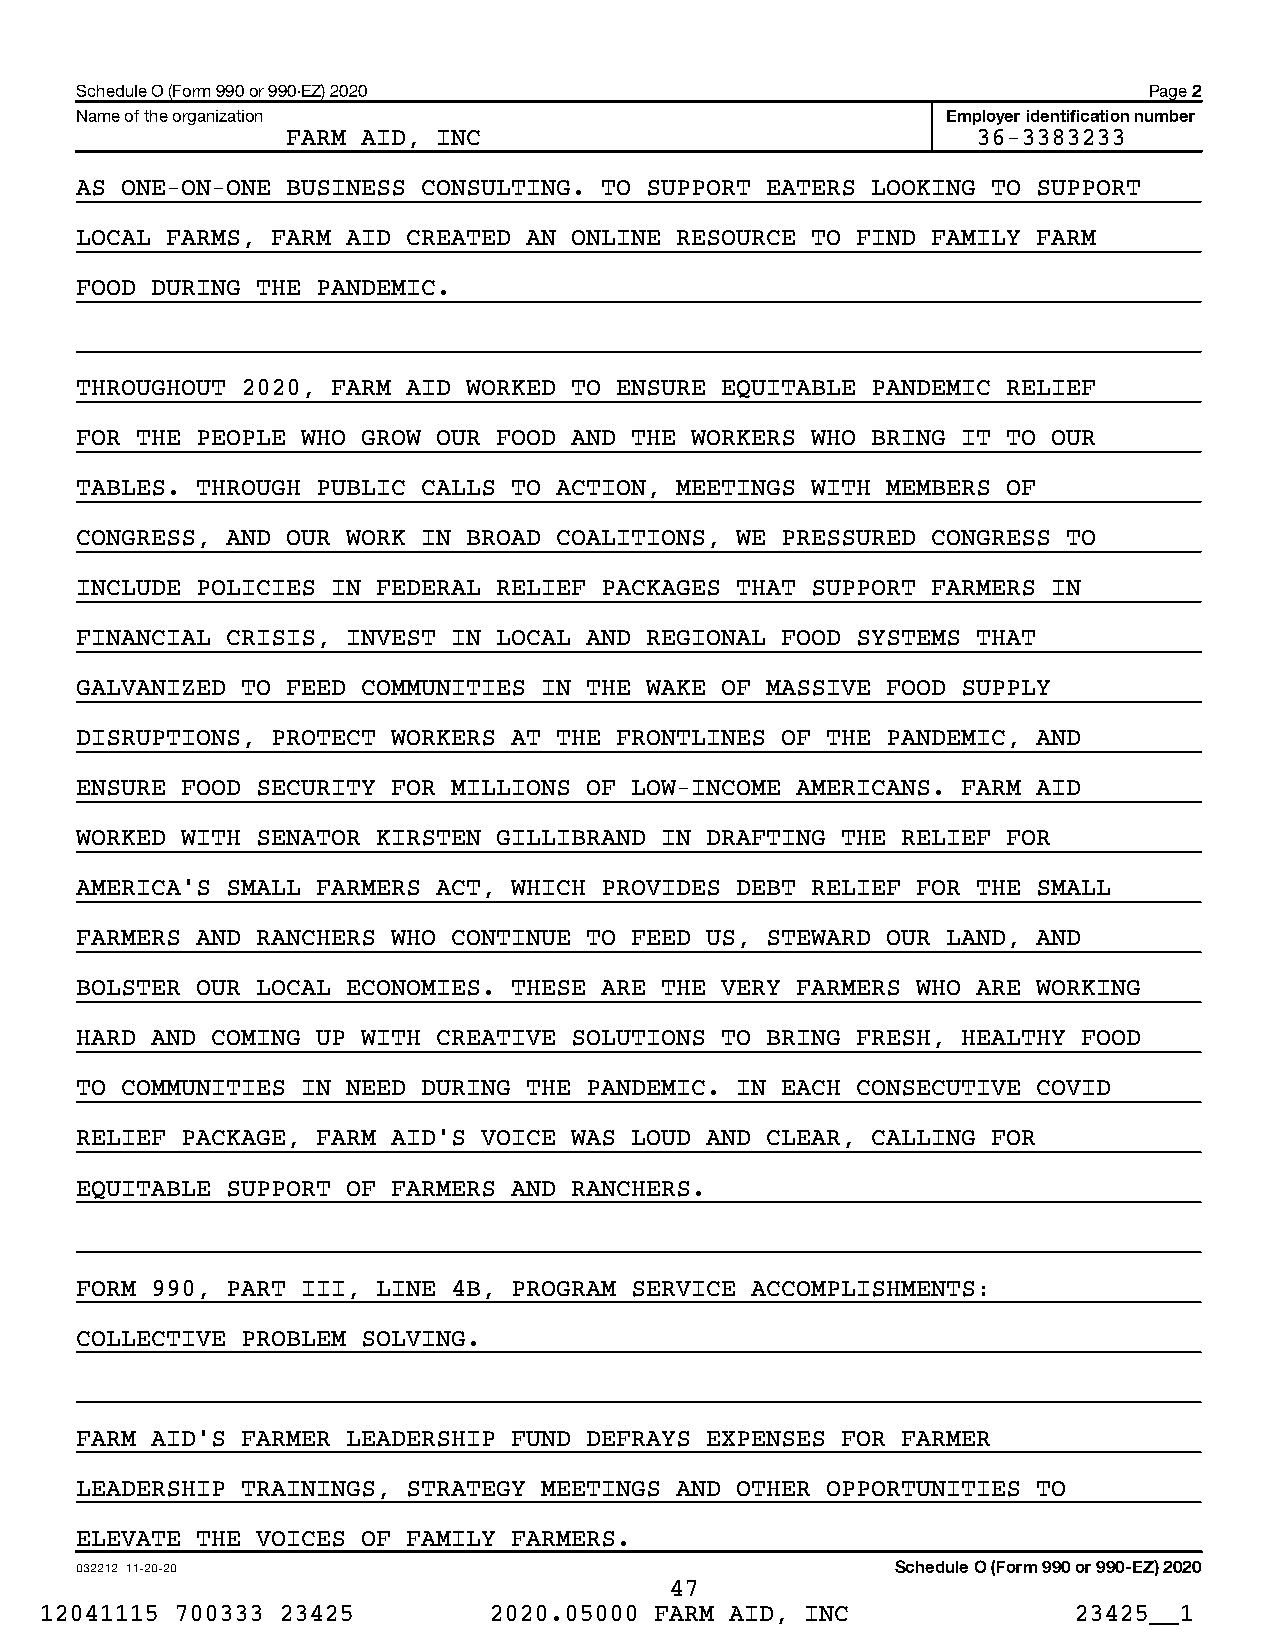
Schedule O (Form 990 or 990-EZ) 2020                                   Page 2
 Name of the organization                                  Employer identification number
 FARM AID, INC                                 36-3383233
 AS ONE-ON-ONE BUSINESS CONSULTING. TO SUPPORT EATERS LOOKING TO SUPPORT
 LOCAL FARMS, FARM AID CREATED AN ONLINE RESOURCE TO FIND FAMILY FARM
 FOOD DURING THE PANDEMIC.
 THROUGHOUT 2020, FARM AID WORKED TO ENSURE EQUITABLE PANDEMIC RELIEF
 FOR THE PEOPLE WHO GROW OUR FOOD AND THE WORKERS WHO BRING IT TO OUR
 TABLES. THROUGH PUBLIC CALLS TO ACTION, MEETINGS WITH MEMBERS OF
 CONGRESS, AND OUR WORK IN BROAD COALITIONS, WE PRESSURED CONGRESS TO
 INCLUDE POLICIES IN FEDERAL RELIEF PACKAGES THAT SUPPORT FARMERS IN
 FINANCIAL CRISIS, INVEST IN LOCAL AND REGIONAL FOOD SYSTEMS THAT
 GALVANIZED TO FEED COMMUNITIES IN THE WAKE OF MASSIVE FOOD SUPPLY
 DISRUPTIONS, PROTECT WORKERS AT THE FRONTLINES OF THE PANDEMIC, AND
 ENSURE FOOD SECURITY FOR MILLIONS OF LOW-INCOME AMERICANS. FARM AID
 WORKED WITH SENATOR KIRSTEN GILLIBRAND IN DRAFTING THE RELIEF FOR
 AMERICA’S SMALL FARMERS ACT, WHICH PROVIDES DEBT RELIEF FOR THE SMALL
 FARMERS AND RANCHERS WHO CONTINUE TO FEED US, STEWARD OUR LAND, AND
 BOLSTER OUR LOCAL ECONOMIES. THESE ARE THE VERY FARMERS WHO ARE WORKING
 HARD AND COMING UP WITH CREATIVE SOLUTIONS TO BRING FRESH, HEALTHY FOOD
 TO COMMUNITIES IN NEED DURING THE PANDEMIC. IN EACH CONSECUTIVE COVID
 RELIEF PACKAGE, FARM AID’S VOICE WAS LOUD AND CLEAR, CALLING FOR
 EQUITABLE SUPPORT OF FARMERS AND RANCHERS.
 FORM 990, PART III, LINE 4B, PROGRAM SERVICE ACCOMPLISHMENTS:
 COLLECTIVE PROBLEM SOLVING.
 FARM AID’S FARMER LEADERSHIP FUND DEFRAYS EXPENSES FOR FARMER
 LEADERSHIP TRAININGS, STRATEGY MEETINGS AND OTHER OPPORTUNITIES TO
 ELEVATE THE VOICES OF FAMILY FARMERS.
 032212 11-20-20                                       Schedule O (Form 990 or 990-EZ) 2020
 47
 12041115 700333 23425        2020.05000 FARM AID, INC               23425__1